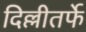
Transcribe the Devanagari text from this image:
दिल्लीतर्फे